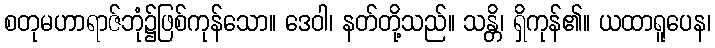
စတုမဟာရာဇ်ဘုံ၌ဖြစ်ကုန်သော။ ဒေဝါ၊ နတ်တို့သည်။ သန္တိ၊ ရှိကုန်၏။ ယထာရူပေန၊